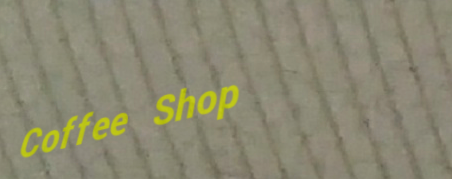
Coffee Shop